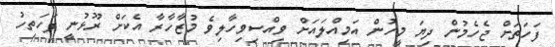
ފަހަތަށް ޖެހެމުން ދިޔަ މީހުން އަމިއްލައަށް ވިއްސިވިހާލިވެ މުޒާހާރާ އެކަށް ރޫޅުނީ ފަހަތިހު